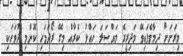
މިރަށަށް ދިމާވެފައިވޭ މަދިރީގެ މައްސަލަ ހައްލު ކެރާއް މިގޭ ރޯދަމަހި ކޮންމި ދުވަހަކި